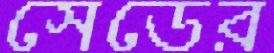
সেডের